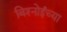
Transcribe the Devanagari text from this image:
बिश्‍नोईंच्या